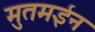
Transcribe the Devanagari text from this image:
मुतमईन